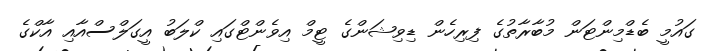
ގައުމީ ބެޑްމިންޓަން މުބާރާތުގެ ފިރިހެން ޑިވިޝަންގެ ޓީމް އިވެންޓްގައި ކްލަބު އީގަލްސްއާއި އާކްގެ